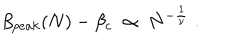
LaTeX: \beta _ { p e a k } ( N ) - \beta _ { c } \; \propto \; N ^ { - { \frac { 1 } { \nu } } } \; .